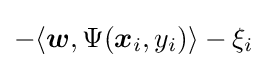
-\langle {\boldsymbol {w}},\Psi ({\boldsymbol {x}}_{i},y_{i})\rangle -\xi _{i}